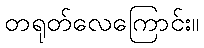
တရုတ်လေကြောင်း။